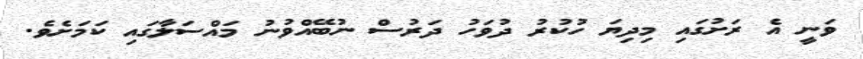
ވަނީ އެ ރަށުގައި މިދިޔަ ހުކުރު ދުވަހު ދަރުސް ނުބޭއްވުނު މައްސަލާގައި ކަމަށެވެ.